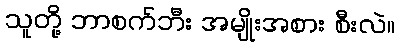
သူတို့ ဘာစက်ဘီး အမျိုးအစား စီးလဲ။